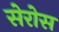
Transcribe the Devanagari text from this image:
सेरोस